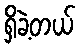
ရှိခဲ့တယ်